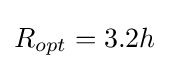
R_{opt}=3.2h